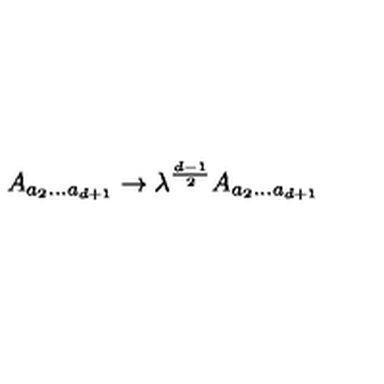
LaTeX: A _ { a _ { 2 } . . . a _ { d + 1 } } \rightarrow \lambda ^ { \frac { d - 1 } { 2 } } A _ { a _ { 2 } . . . a _ { d + 1 } }